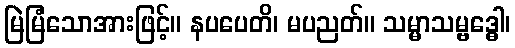
မြဲမြံသောအားဖြင့်။ နပပေတိ၊ မပညတ်။ သမ္မာသမ္ဗဒ္ဓေါ၊